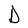
Character: D